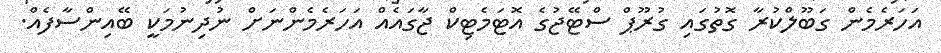
އަހަރެމެން ގަބޫލްކުރާ ގޮތުގައި ގުރޫޕް ސްޓޭޖުގެ އޮޓަމެޓިކް ޖާގައެއް އަހަރެމެންނަށް ނުދިނުމަކީ ބޭއިންސާފެއް.